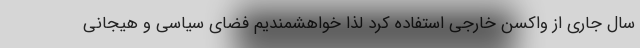
سال جاری از واکسن خارجی استفاده کرد لذا خواهشمندیم فضای سیاسی و هیجانی